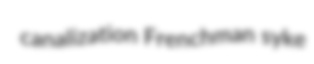
canalization Frenchman syke